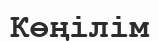
Көңілім